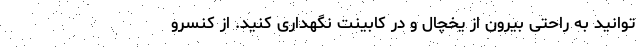
توانید به راحتی بیرون از یخچال و در کابینت نگهداری کنید. از کنسرو